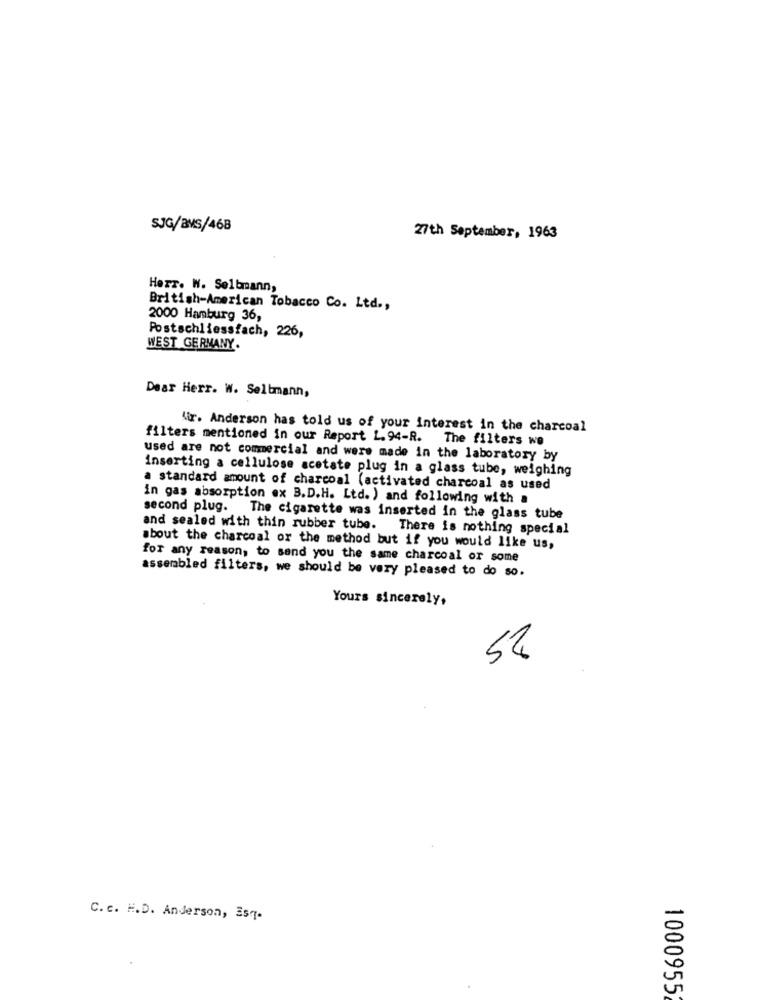
SJG/BMS/468
27th September, 1963
Herr. W. Selbmann,
British-American Tobacco Co. Ltd .,
2000 Hamburg 36,
Postschliessfach, 226,
WEST GERMANY.
Dear Herr. W. Seltmann,
Wir. Anderson has told us of your interest in the charcoal
filters mentioned in our Report L.94-R. The filters we
used are not commercial and were made in the laboratory by
inserting a cellulose acetate plug in a glass tube, weighing
a standard amount of charcoal (activated charcoal as used
in gas absorption ex B.D.H. Ltd. ) and following with a
second plug. The cigarette was inserted in the glass tube
and sealed with thin rubber tube. There is nothing special
about the charcoal or the method but if you would like us,
for any reason, to send you the same charcoal or some
assembled filters, we should be very pleased to do so.
Yours sincerely,
es
C. c. H.D. Anderson, Esq-
1000955